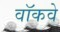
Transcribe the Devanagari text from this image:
वॉकवे